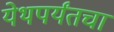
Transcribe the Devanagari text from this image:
येथपर्यंतचा